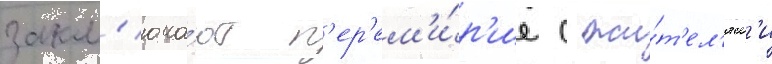
закл'юча́ют п'ер'ем'и́р'ие с жи́т'ел'ям'и